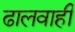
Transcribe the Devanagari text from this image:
ढालवाही